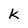
Character: K